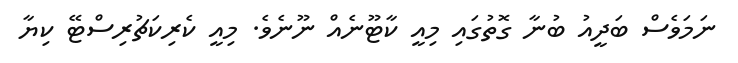
ނަމަވެސް ބަދީއު ބުނާ ގޮތުގައި މިއީ ކާޓޫނެއް ނޫނެވެ. މިއީ ކެރިކަޗުރިސްޓޭ ކިޔާ